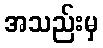
အသည်းမှ